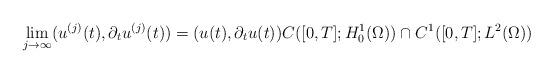
LaTeX: \begin{align*} \lim_{j\to \infty} (u^{(j)}(t), \partial_t u^{(j)}(t)) = (u(t), \partial_t u(t)) C([0,T]; H_0^1(\Omega))\cap C^1([0,T]; L^2(\Omega))\end{align*}